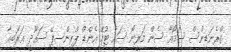
ގްރެނަޑިންސް ސަމޯއާ ސެން މަރީނޯ ސައު ޓުމޭ އެންޑް ޕްރިންސިޕޭ ސައޫދީ ޢަރަބިއާ